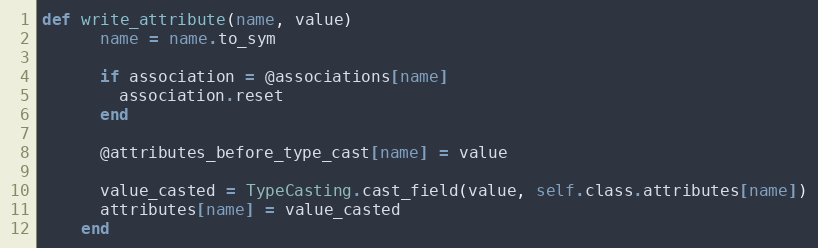
Language: Ruby
def write_attribute(name, value)
      name = name.to_sym

      if association = @associations[name]
        association.reset
      end

      @attributes_before_type_cast[name] = value

      value_casted = TypeCasting.cast_field(value, self.class.attributes[name])
      attributes[name] = value_casted
    end